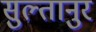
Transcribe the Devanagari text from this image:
सुल्तानुर